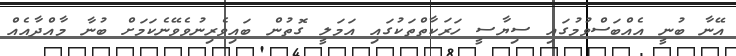
އޭނާ ބުނީ އެއްބަސްވުމުގައި ސިޔާސީ ހަރަކާތްތަކުގައި އަމަލީ ގޮތުން ބައިވެރިނުވެވޭނެކަމަށް ބުނާ މާއްދާއެއް